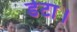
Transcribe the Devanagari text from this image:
डेटा।